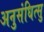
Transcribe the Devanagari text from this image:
अनुसंधित्सु